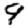
Digit: 9